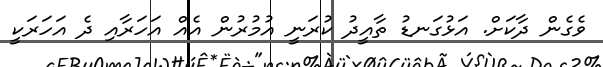
ވެގެން ދާކަށް. އަޅުގަނޑު ތާއީދު ކުރަނީ އުމުރުން އެއް އަހަރާއި ދެ އަހަރަކީ